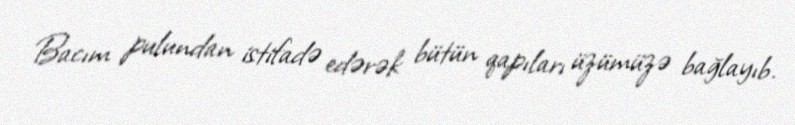
Bacım pulundan istifadə edərək bütün qapıları üzümüzə bağlayıb.